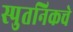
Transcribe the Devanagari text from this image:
स्पुतनिकचे